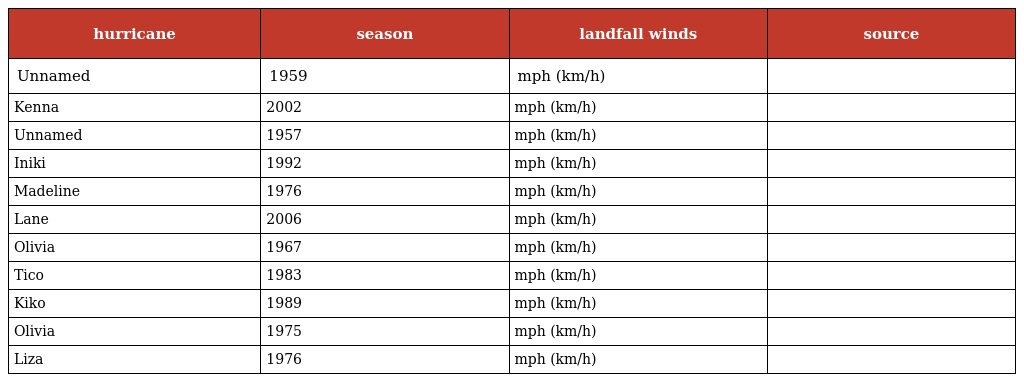
| hurricane | season | landfall winds | source |
 | --- | --- | --- | --- |
 | Unnamed | 1959 | mph (km/h) |  |
 | Kenna | 2002 | mph (km/h) |  |
 | Unnamed | 1957 | mph (km/h) |  |
 | Iniki | 1992 | mph (km/h) |  |
 | Madeline | 1976 | mph (km/h) |  |
 | Lane | 2006 | mph (km/h) |  |
 | Olivia | 1967 | mph (km/h) |  |
 | Tico | 1983 | mph (km/h) |  |
 | Kiko | 1989 | mph (km/h) |  |
 | Olivia | 1975 | mph (km/h) |  |
 | Liza | 1976 | mph (km/h) |  |